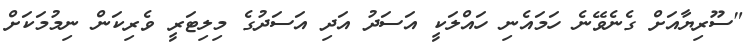
"ސޫރިޔާއަށް ގެނެވޭނެ ހަމައެނި ހައްލަކީ އަސަދު އަދި އަސަދުގެ މިލިޓަރީ ވެރިކަން ނިމުމަކަށް